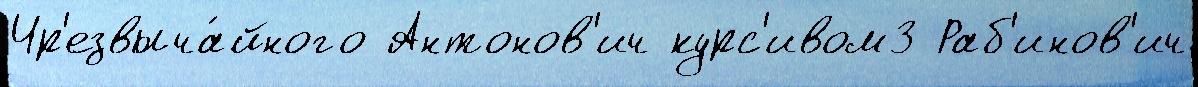
Чр'езвыча́йного Антонов'ич курс'ивом3 Раб'инов'ич